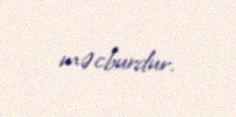
məcburdur.